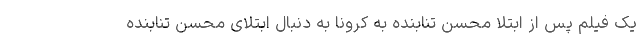
یک فیلم پس از ابتلا محسن تنابنده به کرونا به دنبال ابتلای محسن تنابنده